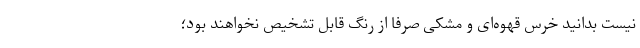
نیست بدانید خرس قهوه‌ای و مشکی صرفا از رنگ قابل تشخیص نخواهند بود؛